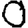
Digit: 0